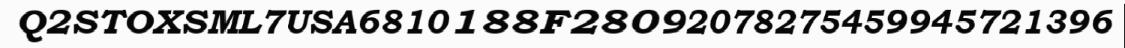
Q2STOXSML7USA6810188F28092078275459945721396